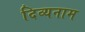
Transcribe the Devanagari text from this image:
दिव्यनाम